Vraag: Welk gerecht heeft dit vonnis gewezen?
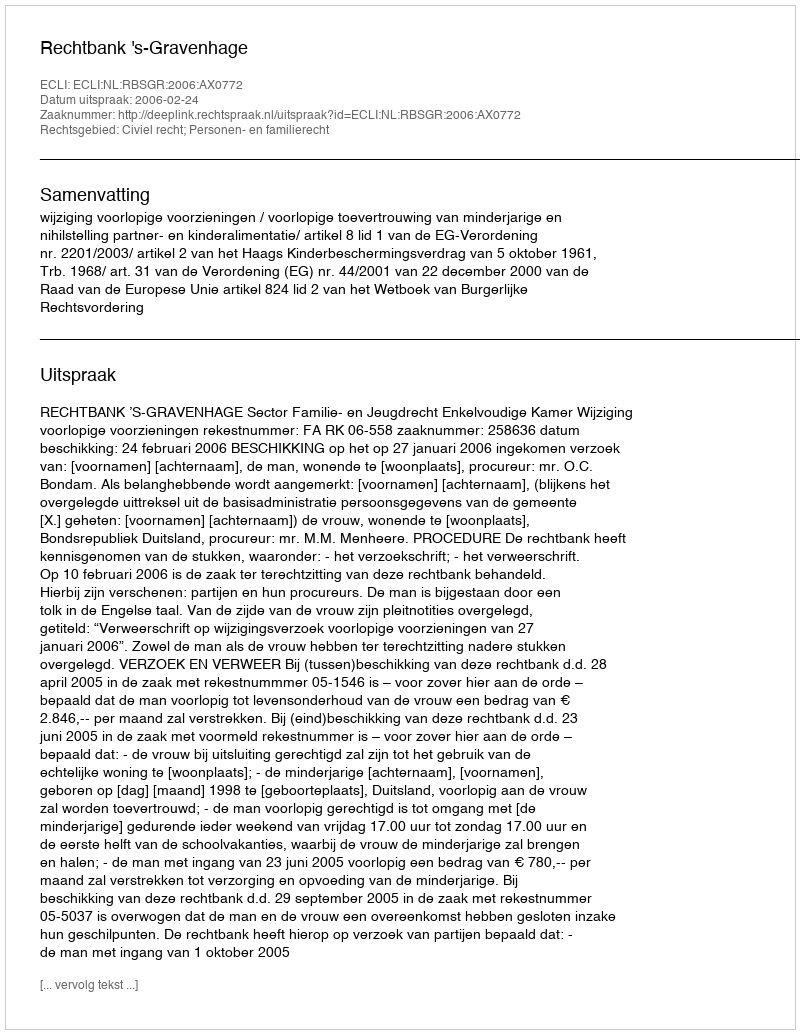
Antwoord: Rechtbank 's-Gravenhage